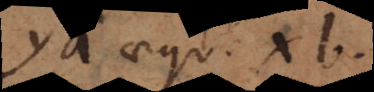
ya aequ. xb.